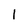
Character: 1